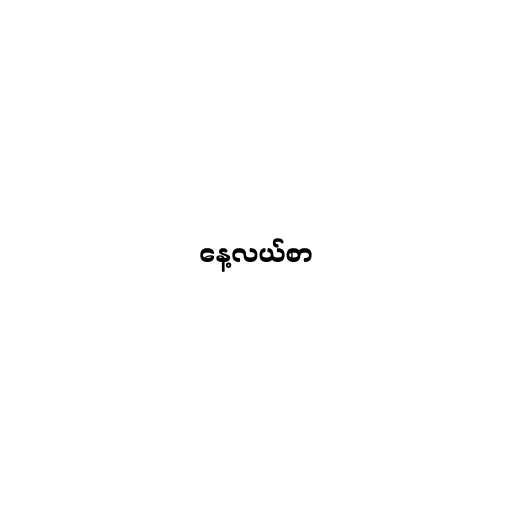
နေ့လယ်စာ